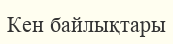
Кен байлықтары